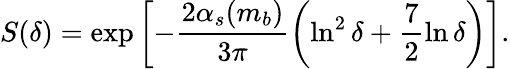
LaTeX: S(\delta)=\exp\left[-\frac{2\alpha_{s}(m_{b})}{3\pi}\left(\ln^{2}\delta+\frac{7}{2}\ln\delta\right)\right].